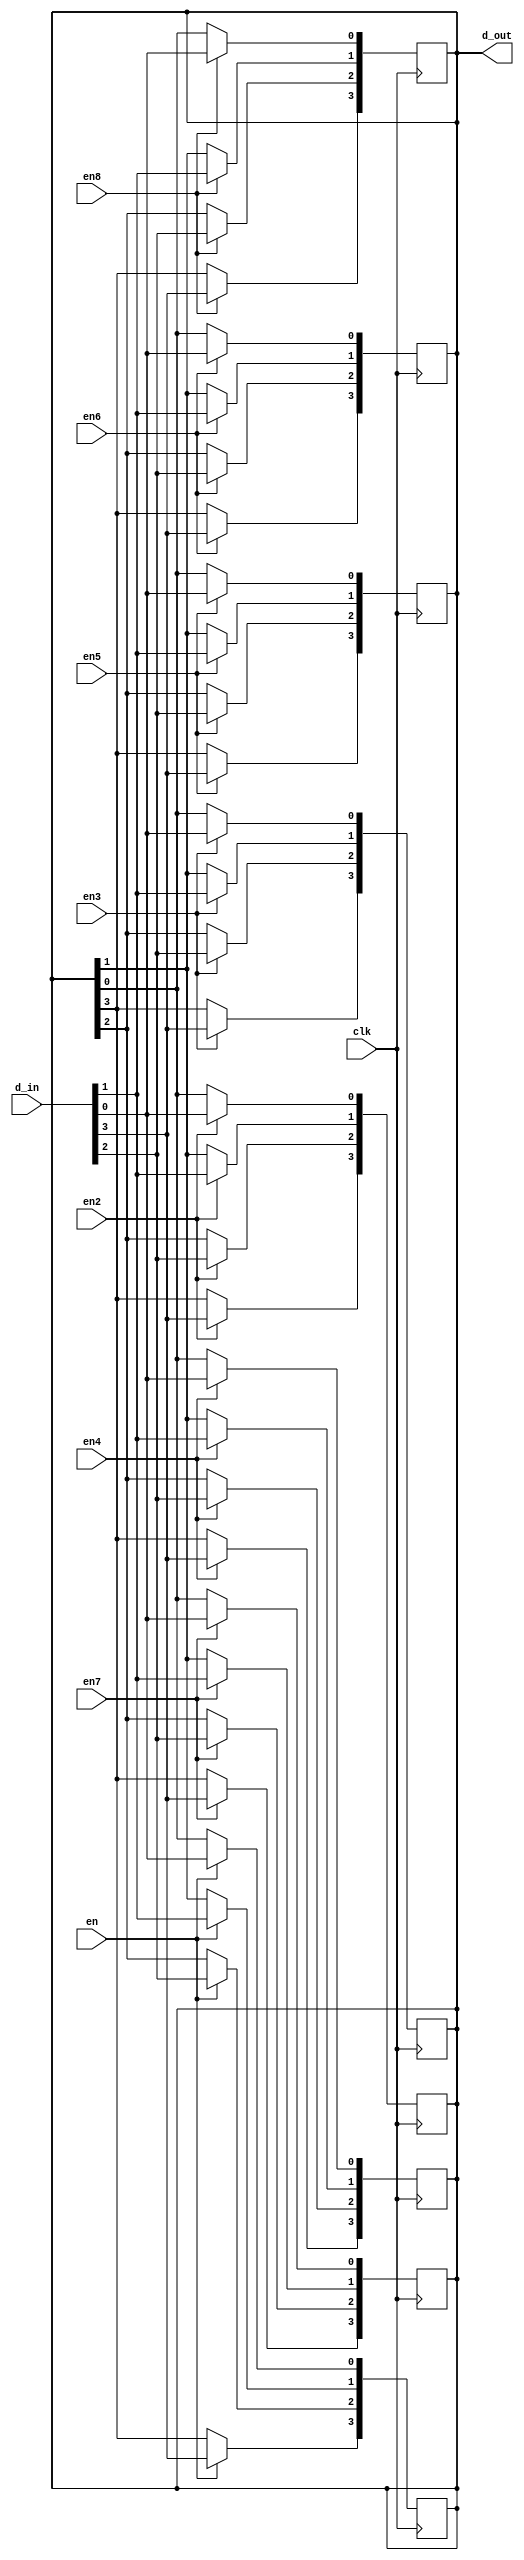
`timescale 1ns / 1ps
module test_4bits_8reg(


input [3:0] d_in, // Data input
input clk, // clock input
input en,
input en2,en3,en4,en5,en6,en7,en8,
output reg [3:0]d_out // output Q


);
integer i;
always @(posedge clk)
begin
if(en)

for (i=0; i<4; i=i+1)
	d_out[i]<= d_in[i];


end

always@(posedge clk)
begin
if(en2)
for (i=0; i<4; i=i+1)
	d_out[i]<= d_in[i];

end
always@(posedge clk)
begin
if(en3)
for (i=0; i<4; i=i+1)
	d_out[i]<= d_in[i];

end
always@(posedge clk)
begin
if(en4)
for (i=0; i<4; i=i+1)
	d_out[i]<= d_in[i];

end
always@(posedge clk)
begin
if(en5)
for (i=0; i<4; i=i+1)
	d_out[i]<= d_in[i];

end
always@(posedge clk)
begin
if(en6)
for (i=0; i<4; i=i+1)
	d_out[i]<= d_in[i];

end
always@(posedge clk)
begin
if(en7)
for (i=0; i<4; i=i+1)
	d_out[i]<= d_in[i];

end
always@(posedge clk)
begin
if(en8)
for (i=0; i<4; i=i+1)
	d_out[i]<= d_in[i];

end

endmodule